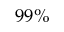
9 9 \%